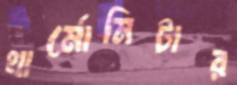
থার্মোমিটার